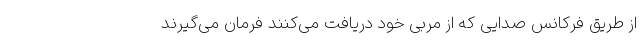
از طریق فرکانس صدایی که از مربی خود دریافت می‌کنند فرمان می‌گیرند